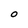
Character: O